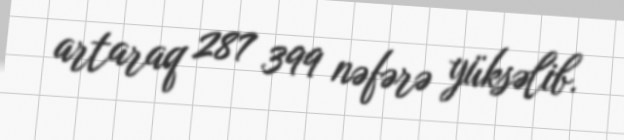
artaraq 287 399 nəfərə yüksəlib.